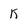
Character: k